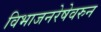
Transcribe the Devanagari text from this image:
विभाजनरेषेवरुन